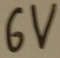
Text: 6V